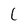
Character: C